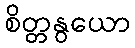
စိတ္တနွယော